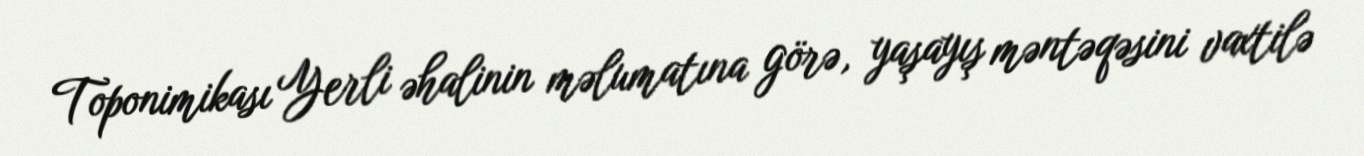
Toponimikası Yerli əhalinin məlumatına görə, yaşayış məntəqəsini vaxtilə